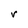
Character: r